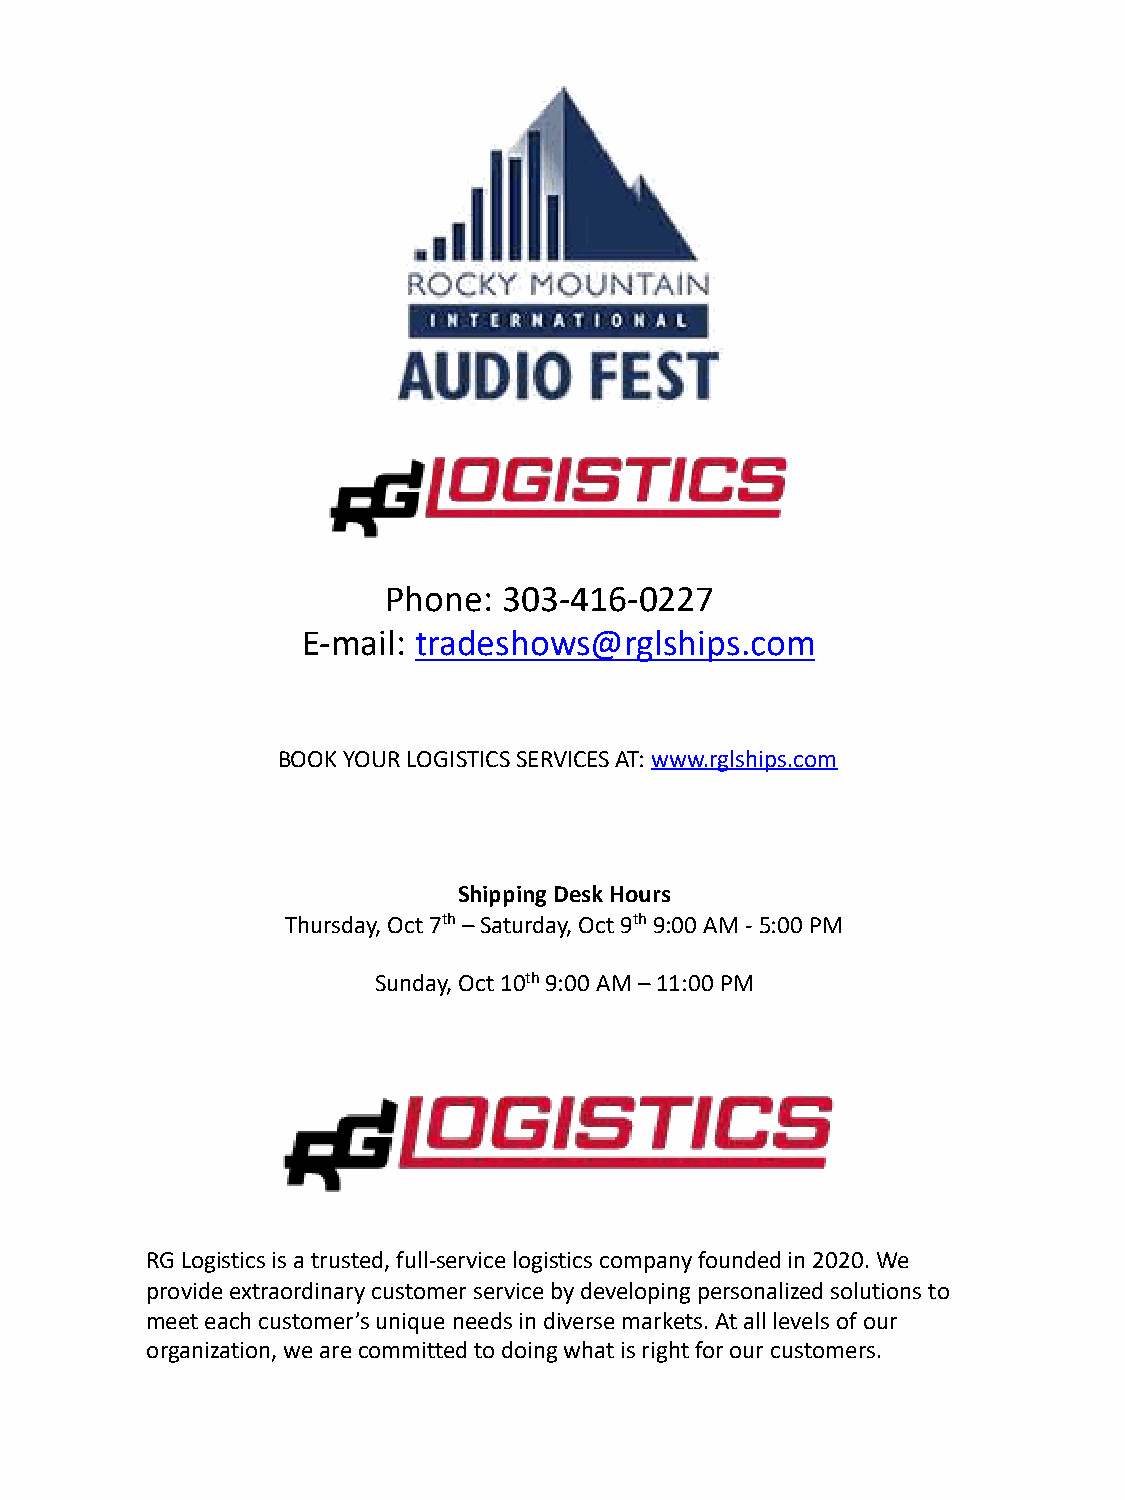
Phone: 303-416-0227
 E-mail: tradeshows@rglships.com
 BOOK YOUR LOGISTICS SERVICES AT: www.rglships.com
 Shipping Desk Hours
 Thursday, Oct 7th–Saturday, Oct 9th9:00 AM -5:00 PM
 Sunday, Oct 10th9:00 AM –11:00 PM
 RG Logistics is a trusted, full-service logistics company founded in 2020. We
 provide extraordinary customer service by developing personalized solutions to
 meet each customer’s unique needs in diverse markets. At all levels of our
 organization, we are committed to doing what is right for our customers.